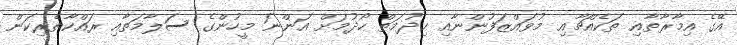
އޭގެ އިމާރާތާއި ތަކެއްޗާއި މުވައްޒަފުންނާއި ޚިދުމަތް ހޯދުމަށް އަންނަ މީހުންގެ ސަލާމަތާއި ރައްކާތެރިކަން